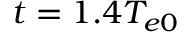
t = 1 . 4 { { T } _ { e 0 } }